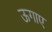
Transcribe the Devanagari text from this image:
ऊगाए